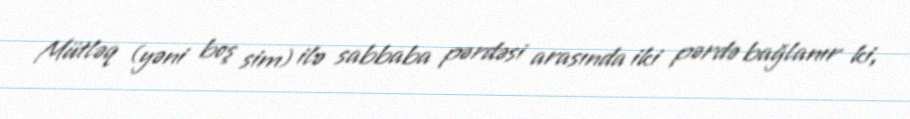
Mütləq (yəni boş sim) ilə sabbaba pərdəsi arasında iki pərdə bağlanır ki,